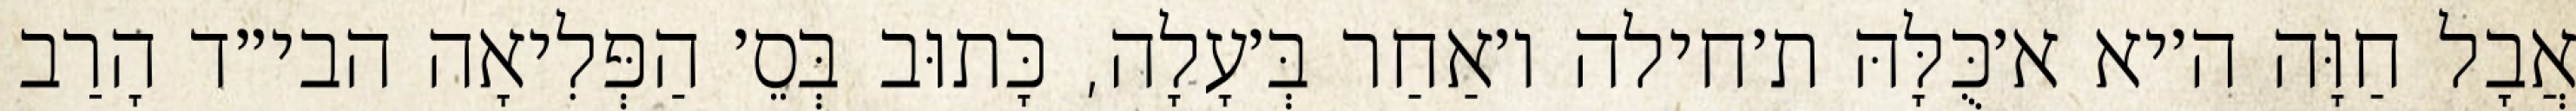
אֲבָל חַוָּה ה׳יא א׳כֻּלָּהּ ת׳חילה ו׳אַחַר בְּ׳עָלָה, כָּתוּב בְּסֵ׳ הַפְּלִיאָה הבי״ד הָרַב